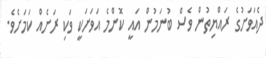
ދެއަވަށުގެ ރައްޔިތުން ވެސް ބުނަމުން އައީ ކޮންމެ އަވަށަކީ ވަކި ރަށެއް ކަމަށެވެ.